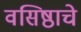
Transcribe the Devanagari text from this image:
वसिष्ठाचे